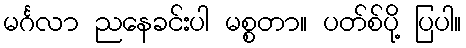
မင်္ဂလာ ညနေခင်းပါ မစ္စတာ။ ပတ်စ်ပို့ ပြပါ။